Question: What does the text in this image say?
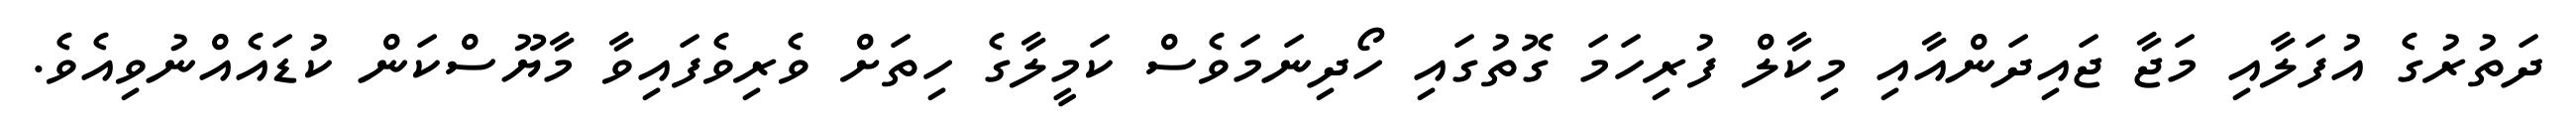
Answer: ދަތުރުގެ އުފަލާއި މަޖާ ޖައިދަންއާއި މިކާލް ފުރިހަމަ ގޮތުގައި ހޯދިނަމަވެސް ކަމީލާގެ ހިތަށް ވެރިވެފައިވާ މާޔޫސްކަން ކުޑައެއްނުވިއެވެ.